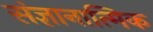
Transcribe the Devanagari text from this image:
संज्ञानात्मिक